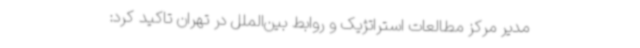
مدیر مرکز مطالعات استراتژیک و روابط بین‌الملل در تهران تاکید کرد: